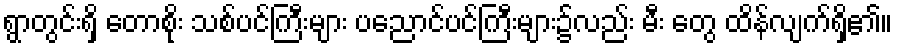
ရွာတွင်းရှိ တောစိုး သစ်ပင်ကြီးများ ပညောင်ပင်ကြီးများ၌လည်း မီး တွေ ထိန်လျက်ရှိ၏။